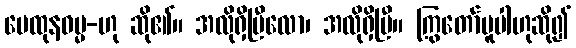
မေထုနဓမ္မ-ဟု ဆို၏။ အလိုရှိပြီလော၊ အလိုရှိပြီ။ ကြွတော်မူပါဟုဆို၍